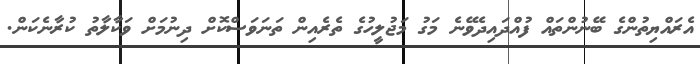
އެރައްޔިތުންގެ ބޭނުންތައް ފުއްދައިދެވޭނެ މަގު މަޖުލީހުގެ ތެރެއިން ތަނަވަސްކޮށް ދިނުމަށް ވަކާލާތު ކުރާނެކަން.